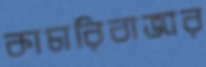
কাচারিবাজার